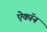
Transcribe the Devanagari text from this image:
ऐकॉन